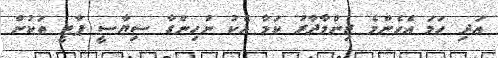
އަދި ހަމަ އެހެންމެ ޒިންމާދާރު ކަމާ އެކު ނުހިންގާ ސިޔާސީ ޕާޓީ ތަކުން